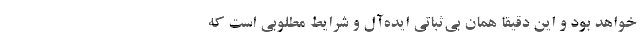
خواهد بود و این دقیقاً همان بی‌ثباتی ایده‌آل و شرایط مطلوبی است که